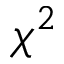
\chi ^ { 2 }